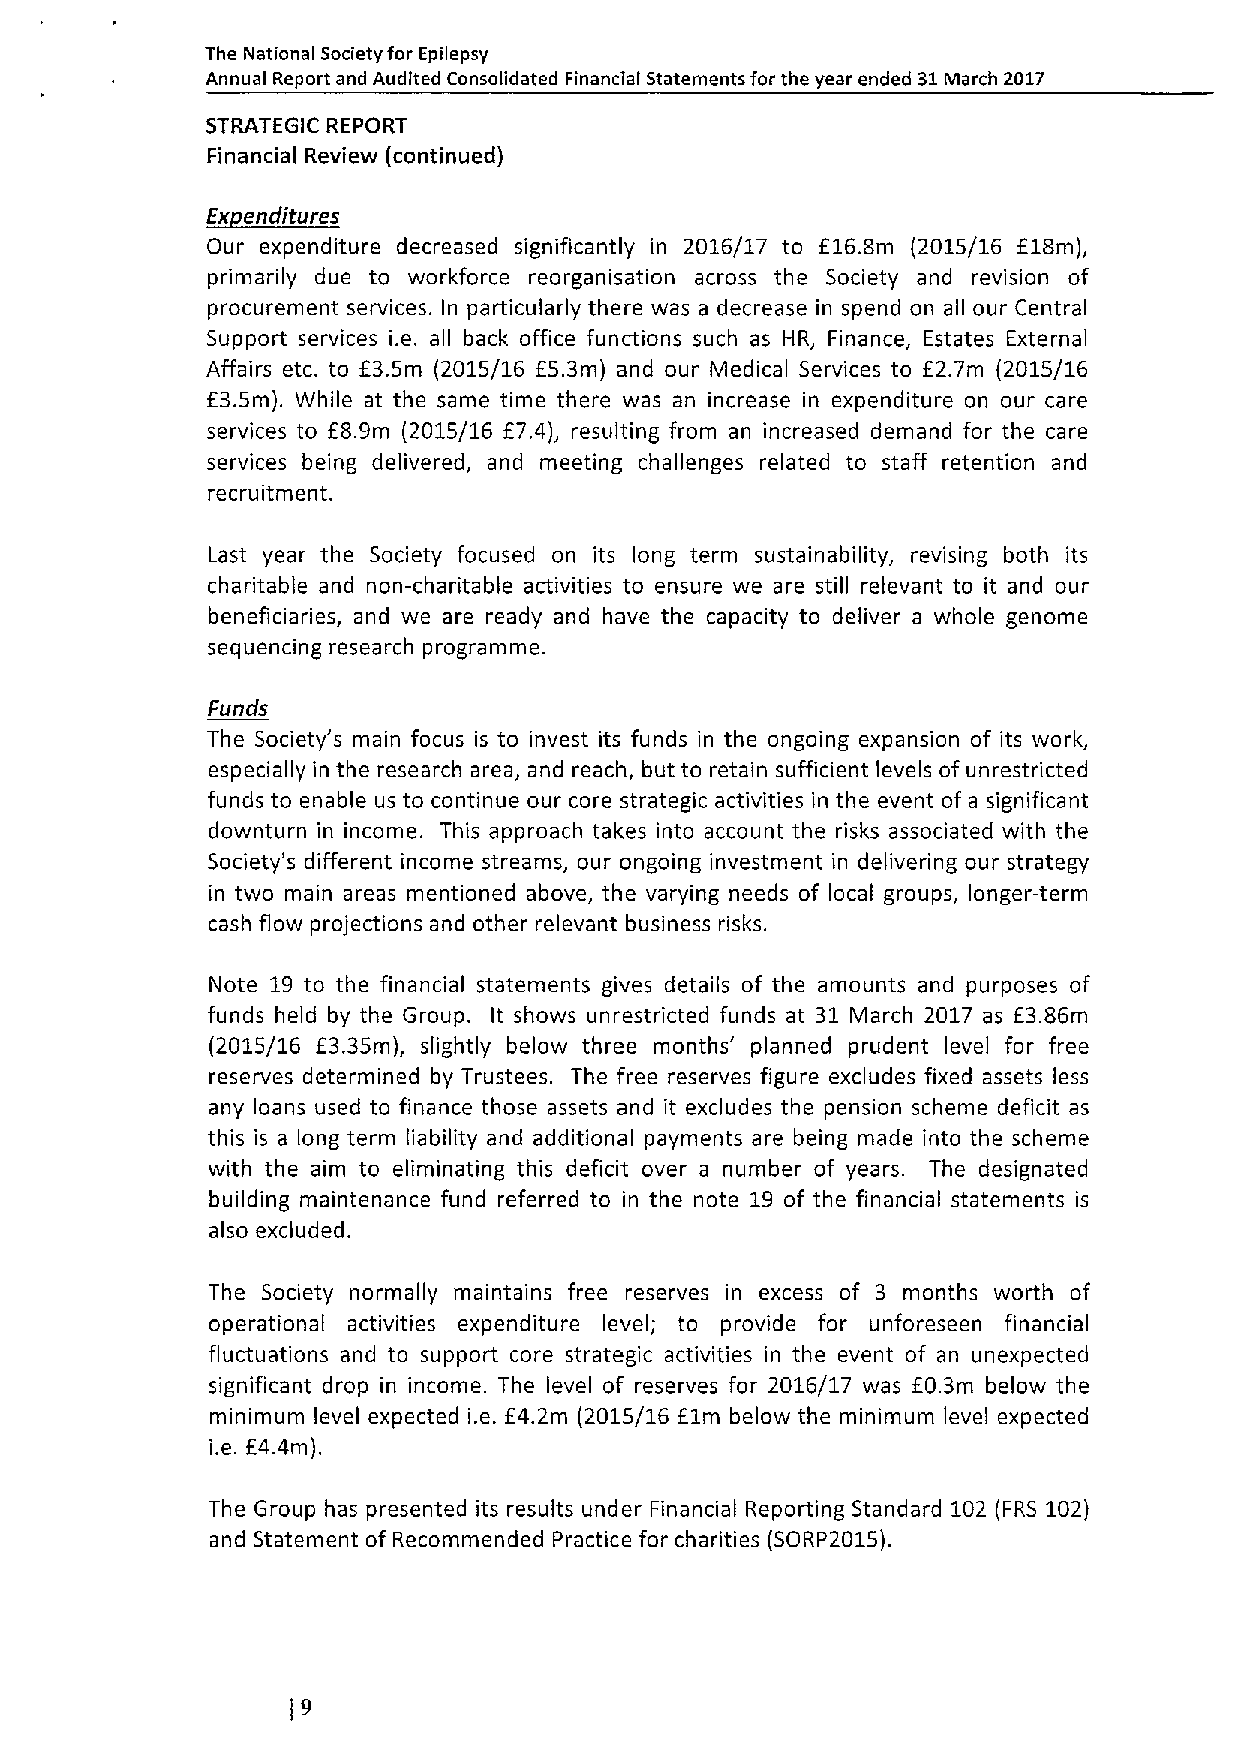
The National societyfor Epilepsy
 Annual Report and Audited Consolidated Financial Statements for the year ended 31March 2017
 STRATEGIC REPORT
 Financial Review (continued)
 E~Cht
 Our expenditure decreased significantly in 2016/17 to E16.8m (2015/16 E18m),
 primarily due to workforce reorganisation across the Society and revision of
 procurement services. In particularly there was a decrease in spend on all our Central
 Support services i.e. all back office functions such as HR, Finance, Estates External
 Affairs etc. to E3.5m (2015/16 E5.3m) and our Medical Services to E2.7m (2015/16
 E3.5m). While at the same time there was an increase in expenditure on our care
 services to f8. 9m (2015/16 f7. 4), resulting from an increased demand for the care
 services being delivered, and meeting challenges related to staff retention and
 recruitment.
 Last year the Society focused on its long term sustainability, revising both its
 charitable and non-charitable activities to ensure we are still relevant to it and our
 beneficiaries, and we are ready and have the capacity to deliver a whole genome
 sequencing research programme.
 Funds
 The Society's main focus is to invest its funds in the ongoing expansion of its work,
 especially in the research area, and reach, but to retain sufficient levels of unrestricted
 funds to enable us to continue our core strategic activities in the event of a significant
 downturn in income. This approach takes into account the risks associated with the
 Society's different income streams, our ongoing investment in delivering our strategy
 in two main areas mentioned above, the varying needs of local groups, longer-term
 cash flow projections and other relevant business risks.
 Note 19 to the financial statements gives details of the amounts and purposes of
 funds held by the Group. It shows unrestricted funds at 31 March 2017 as f3.86m
 (2015/16 E3.35m), slightly below three months' planned prudent level for free
 reserves determined by Trustees. The free reserves figure excludes fixed assets less
 any loans used to finance those assets and it excludes the pension scheme deficit as
 this is a long term liability and additional payments are being made into the scheme
 with the aim to eliminating this deficit over a number of years. The designated
 building maintenance fund referred to in the note 19 of the financial statements is
 also excluded.
 The Society normally maintains free reserves in excess of 3 months worth of
 operational activities expenditure level; to provide for unforeseen financial
 fluctuations and to support core strategic activities in the event of an unexpected
 significant drop in income. The level of reserves for 2016/17 was E0.3m below the
 minimum level expected i.e. E4.2m (2015/16 f1m below the minimum level expected
 i.e. E4.4m).
 The Group has presented its results under Financial Reporting Standard 102 (FRS 102)
 and Statement of Recommended Practice for charities (SORP2015).